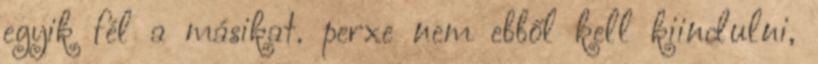
egyik fél a másikat. perxe nem ebből kell kiindulni,